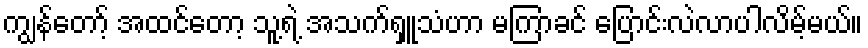
ကျွန်တော့် အထင်တော့ သူ့ရဲ့ အသက်ရှူသံဟာ မကြာခင် ပြောင်းလဲလာပါလိမ့်မယ်။